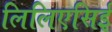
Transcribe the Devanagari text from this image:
लिलिएसिई